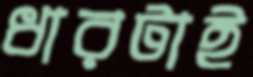
ধারটাই